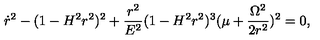
\dot { r } ^ { 2 } - ( 1 - H ^ { 2 } r ^ { 2 } ) ^ { 2 } + \frac { r ^ { 2 } } { E ^ { 2 } } ( 1 - H ^ { 2 } r ^ { 2 } ) ^ { 3 } ( \mu + \frac { \Omega ^ { 2 } } { 2 r ^ { 2 } } ) ^ { 2 } = 0 ,